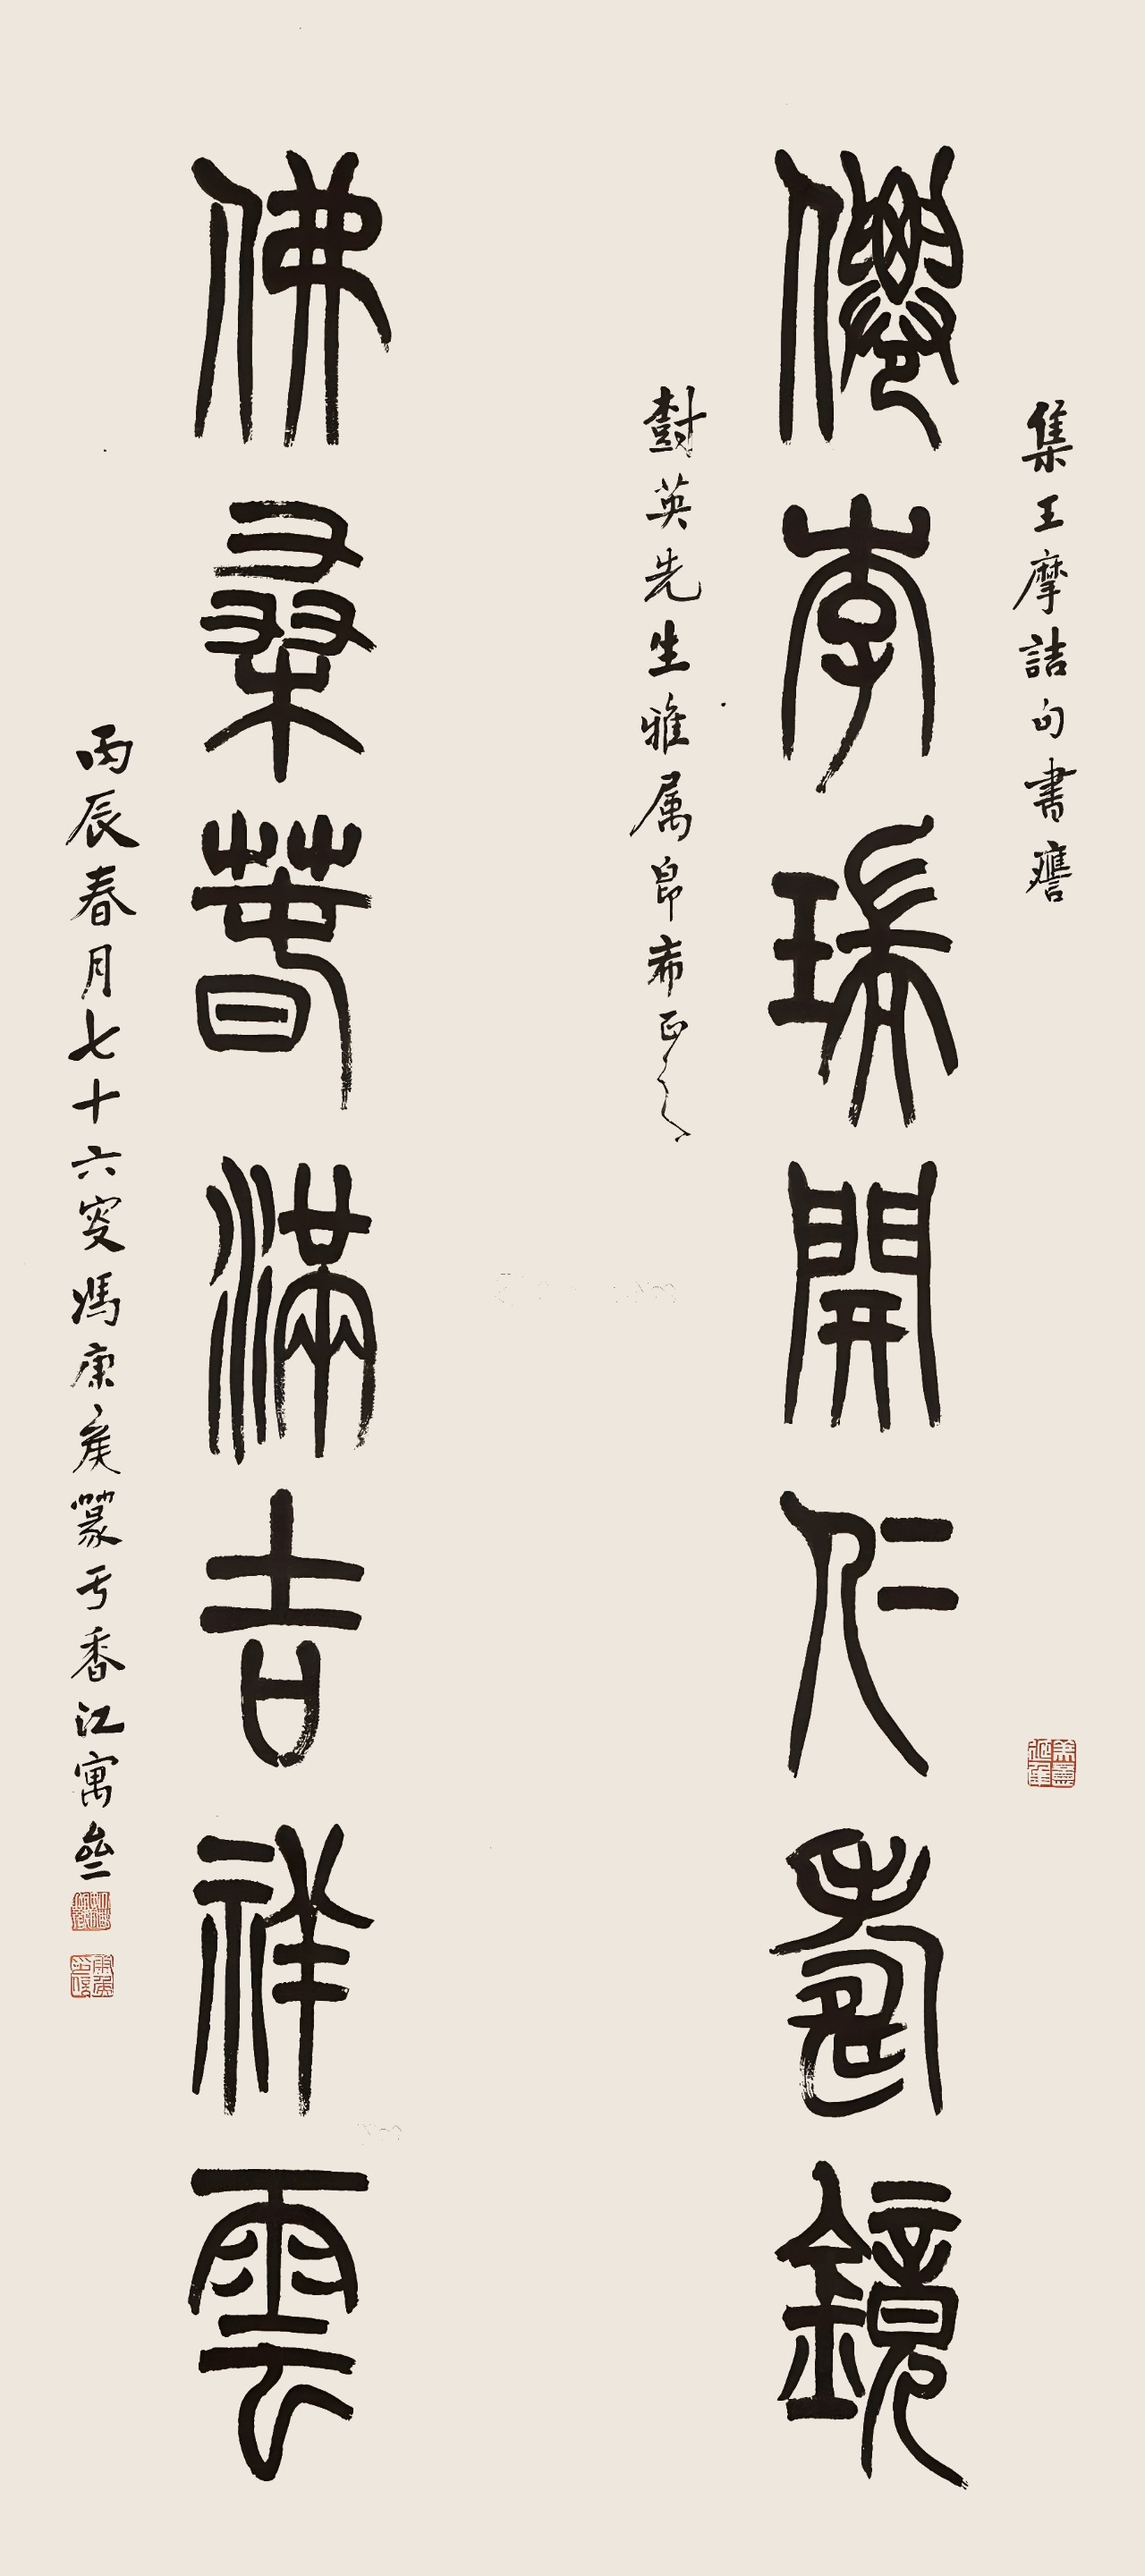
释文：仙李瑞开仁寿镜，佛桑春满吉祥云。集王摩诘句，书应树英先生雅属，即希正之。丙辰春月，七十六叟冯康侯篆于香江寓斋。